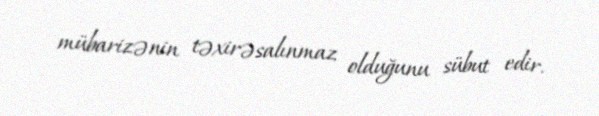
mübarizənin təxirəsalınmaz olduğunu sübut edir.